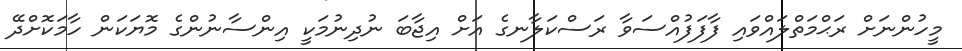
މީހުންނަށް ރަޙްމަތްލައްވައި ފާފަފުއްސަވާ ރަސްކަލާނގެ އަށް އިޖާބަ ނުދިނުމަކީ އިންސާނުންގެ މޮޔަކަން ހާމަކޮށްދޭ